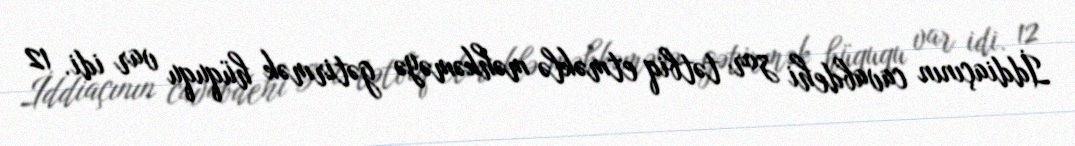
İddiaçının cavabdehi zor tətbiq etməklə məhkəməyə gətirmək hüququ var idi. 12